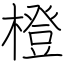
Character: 橙